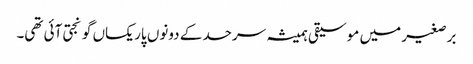
برصغیر میں موسیقی ہمیشہ سرحد کے دونوں پار یکساں گونجتی آئی تھی۔